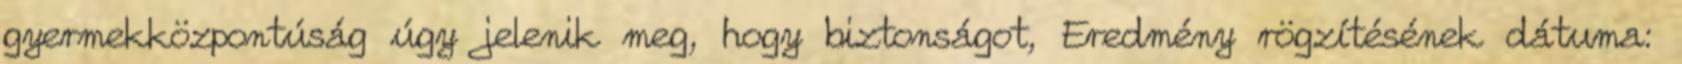
gyermekközpontúság úgy jelenik meg, hogy biztonságot, Eredmény rögzítésének dátuma: